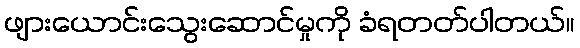
ဖျားယောင်းသွေးဆောင်မှုကို ခံရတတ်ပါတယ်။